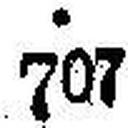
707